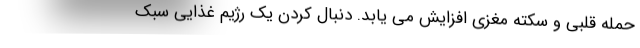
حمله قلبی و سکته مغزی افزایش می یابد. دنبال کردن یک رژیم غذایی سبک